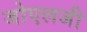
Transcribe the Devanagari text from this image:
जोएलजी